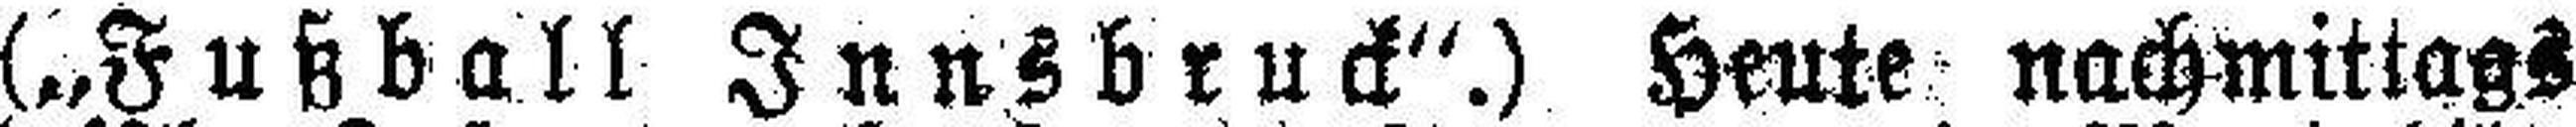
(„Fußball Innsbruck“.) Heute nachmittags